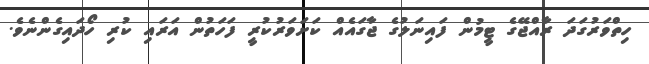
ހިތްވަރުގަދަ ރާއްޖޭގެ ޓީމުން ފައިނަލުގެ ޖާގައެއް ކަށަވަރުކުރީ ފަހަތުން އަރައި ކުރި ހޯދައިގެންނެވެ.